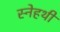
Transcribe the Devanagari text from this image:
स्नेहथी